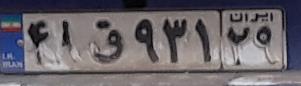
۴۱ق۹۳۱۲۹